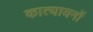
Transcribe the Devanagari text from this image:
कात्यायनों